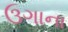
ઉગાના